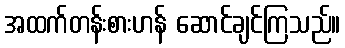
အထက်တန်းစားဟန် ဆောင်ချင်ကြသည်။